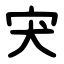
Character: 宊